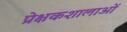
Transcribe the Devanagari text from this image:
प्रेक्षकशालाओं